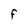
Character: F